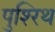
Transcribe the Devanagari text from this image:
पुश्‍रिथ